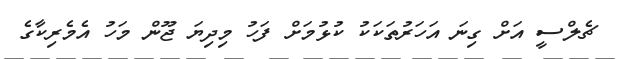
ޗެލްސީ އަށް ގިނަ އަހަރުތަކަކު ކުޅުމަށް ފަހު މިދިޔަ ޖޫން މަހު އެމެރިކާގެ